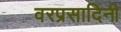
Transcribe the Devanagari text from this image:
वरप्रसादिनी